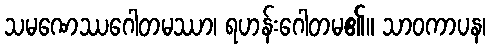
သမဏေဿဂေါတမဿာ၊ ရဟန်းဂေါတမ၏။ သာဝကာပန၊